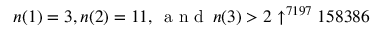
n ( 1 ) = 3 , n ( 2 ) = 1 1 , \, { \textrm { a n d } } \, n ( 3 ) > 2 \uparrow ^ { 7 1 9 7 } 1 5 8 3 8 6